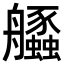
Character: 𦫆